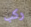
ركب